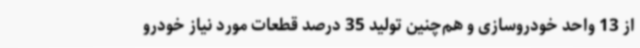
از 13 واحد خودروسازی و هم‌چنین تولید 35 درصد قطعات مورد نیاز خودرو